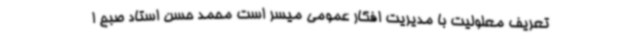
تعریف معلولیت با مدیریت افکار عمومی میسر است محمد حسن استاد صبح ا